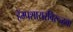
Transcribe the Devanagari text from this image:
हॅम्पशायरविरूद्धचा